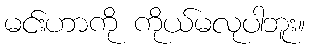
မင်းဟာကို ကိုယ်မလုပါဘူး။